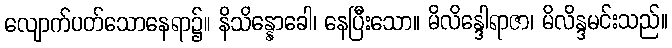
လျောက်ပတ်သောနေရာ၌။ နိသိန္နောခေါ၊ နေပြီးသော။ မိလိန္ဒေါရာဇာ၊ မိလိန္ဒမင်းသည်။